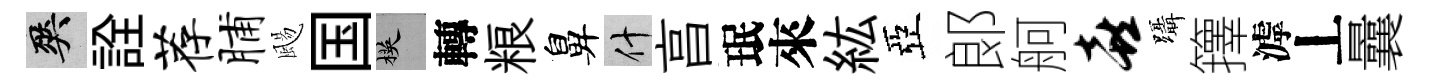
爽詮荐脯颺国楧轉粮鼻什亯珉來紘亞郞舸喜躡籜滹丄曩